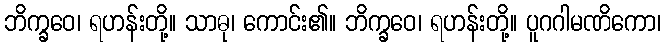
ဘိက္ခဝေ၊ ရဟန်းတို့။ သာဓု၊ ကောင်း၏။ ဘိက္ခဝေ၊ ရဟန်းတို့။ ပူဂဂါမဏိကော၊